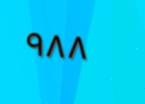
٩٨٨